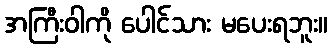
အကြီးဝါကို ပေါင်သား မပေးရဘူး။